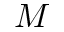
M